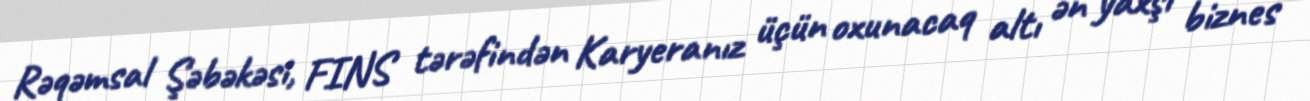
Rəqəmsal Şəbəkəsi, FINS tərəfindən Karyeranız üçün oxunacaq altı ən yaxşı biznes